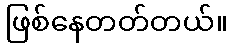
ဖြစ်နေတတ်တယ်။